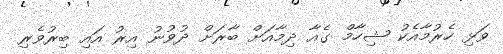
ވަޅި ހެރުމާއެކު ޝިހާމް ގެއާ ދިމާއަށް ބާރަށް ދުވުނު އިރު އައި ބިރުވެރި